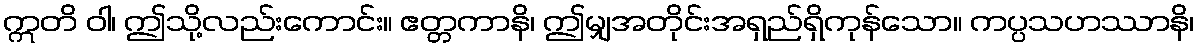
ဣတိ ဝါ၊ ဤသို့လည်းကောင်း။ ဧတ္တကာနိ၊ ဤမျှအတိုင်းအရှည်ရှိကုန်သော။ ကပ္ပသဟဿာနိ၊